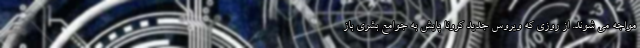
مواجه می شوند. از روزی که ویروس جدید کرونا پایش به جوامع بشری باز